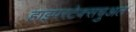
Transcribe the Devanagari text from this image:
हाइपरटेक्सचुअल